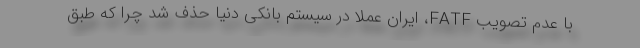
با عدم تصویب FATF، ایران عملاً در سیستم بانکی دنیا حذف شد چرا که طبق